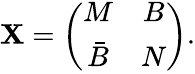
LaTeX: \mathbf{X}=\left(\begin{array}{cc}{{M}}&{{B}}\\ {{\bar{B}}}&{{N}}\end{array}\right).